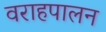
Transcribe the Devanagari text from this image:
वराहपालन